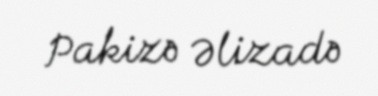
Pakizə Əlizadə